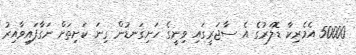
50000 އެމެރިކާ ޑޮލަރުގެ އެ ސާޖަރީގައި ވިނީގެ ހަށިގަނޑުން ގިނަ ކަށިތަށް ނަގާފައިވާއިރު